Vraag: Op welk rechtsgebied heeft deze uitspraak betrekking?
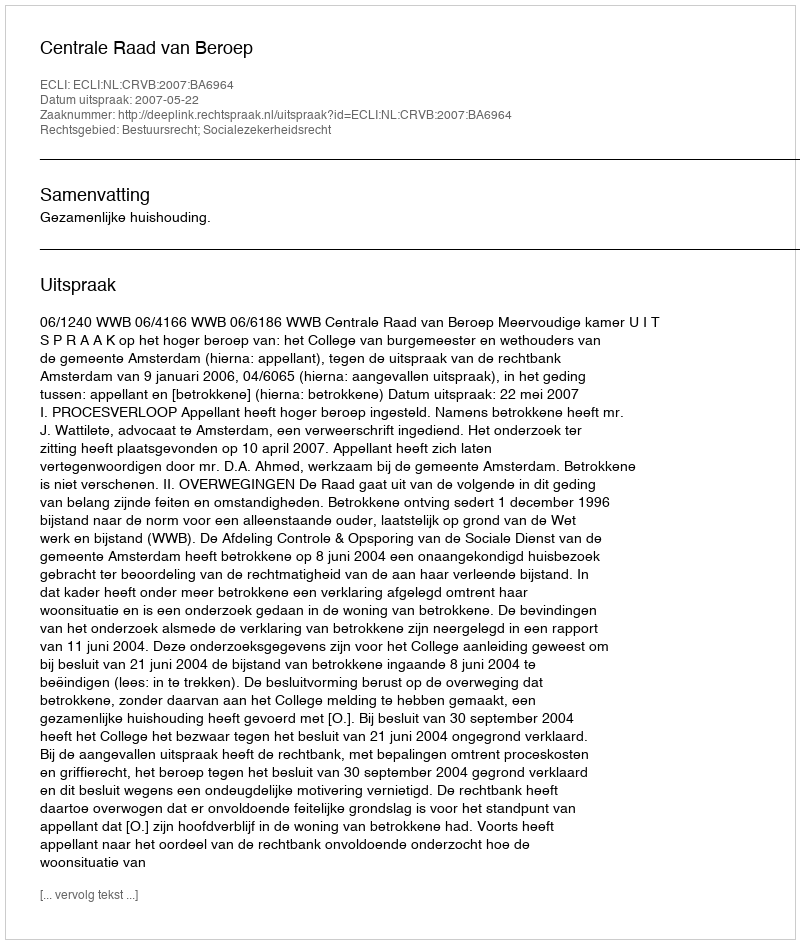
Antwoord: Bestuursrecht; Socialezekerheidsrecht